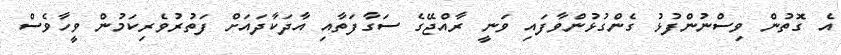
އެ ގޮތުން ވިސްނުންފުޅު ގެންގުޅުންވާފައި ވަނީ ރާއްޖޭގެ ސަގާފަތާއި އާދަކާދައަށް ފަތުރުވެރިކަމުން ވީހާވެސް